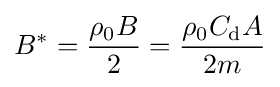
B^{*}={\frac {\rho _{0}B}{2}}={\frac {\rho _{0}C_{\text{d}}A}{2m}}